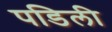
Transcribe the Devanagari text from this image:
पडिली